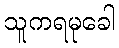
သူကရမုခေါ